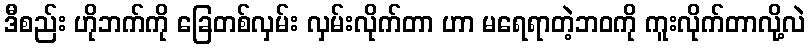
ဒီစည်း ဟိုဘက်ကို ခြေတစ်လှမ်း လှမ်းလိုက်တာ ဟာ မရေရာတဲ့ဘဝကို ကူးလိုက်တာလို့လဲ